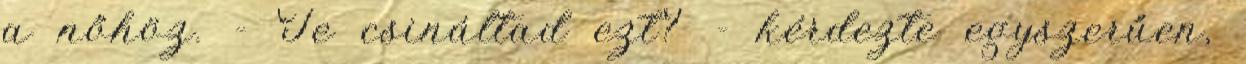
a nőhöz. - Te csináltad ezt? - kérdezte egyszerűen,